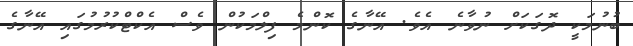
ބުނުމަކީ ދޮގަކަށް ނުވާނެ އެވެ. އޭނާގެ ކޮންމެ ފިލްމަކުން ވެސް އެކްޓްކުރުމުގައި އޭނާގެ